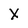
Character: X